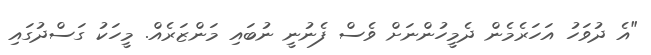
"އެ ދުވަހު އަހަރެމެން ދެމީހުންނަށް ވެސް ފެނުނީ ނުބައި މަންޒަރެއް. މީހަކު ގަސްދުގައި